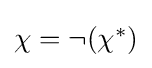
{\textstyle \chi =\neg (\chi ^{*})}